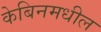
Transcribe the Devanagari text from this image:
केबिनमधील